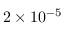
2 \times 1 0 ^ { - 5 }